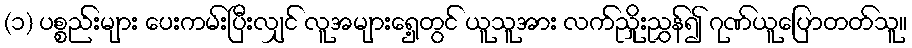
(၁) ပစ္စည်းများ ပေးကမ်းပြီးလျှင် လူအများရှေ့တွင် ယူသူအား လက်ညှိုးညွှန်၍ ဂုဏ်ယူပြောတတ်သူ။